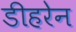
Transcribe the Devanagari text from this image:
डीहरेन